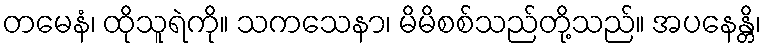
တမေနံ၊ ထိုသူရဲကို။ သကသေနာ၊ မိမိစစ်သည်တို့သည်။ အပနေန္တိ၊